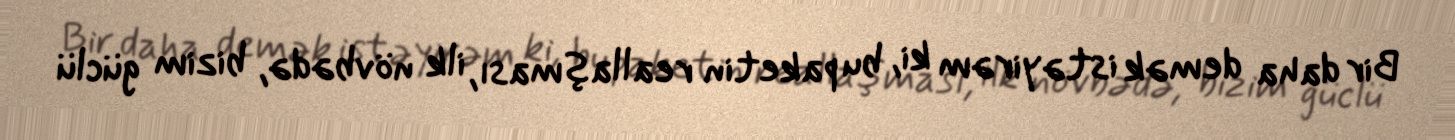
Bir daha demək istəyirəm ki, bu paketin reallaşması, ilk növbədə, bizim güclü